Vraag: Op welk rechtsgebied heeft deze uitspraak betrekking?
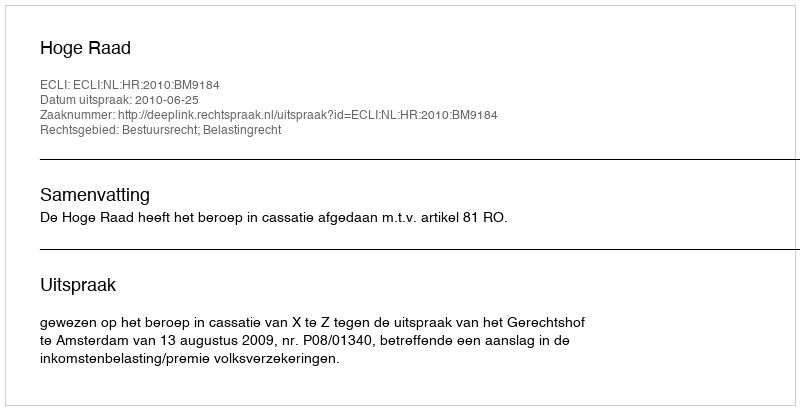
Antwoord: Bestuursrecht; Belastingrecht